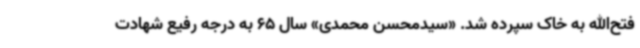
فتح‌الله به خاک سپرده شد. «سیدمحسن محمدی» سال 65 به درجه رفیع شهادت